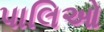
પાલિઓ